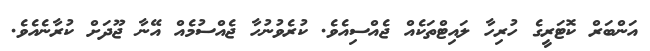
އަންބަރް ކޮޓަރީގެ ހުރިހާ ލައިޓްތަކެއް ޖެއްސިއެވެ. ކުރެވުނުހާ ޖެއްސުމެއް އޭނާ ޖޫދަށް ކުރާނެއެވެ.